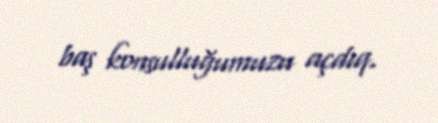
baş konsulluğumuzu açdıq.